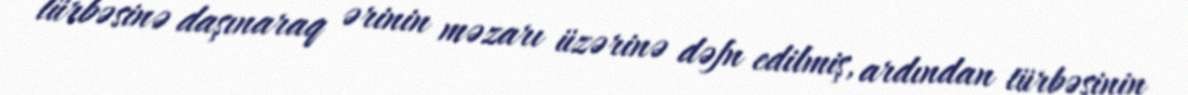
türbəsinə daşınaraq ərinin məzarı üzərinə dəfn edilmiş, ardından türbəsinin